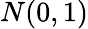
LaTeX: N(0,1)